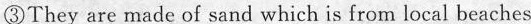
③They are made of sand which is from local beaches